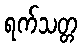
ရက်သတ္တ